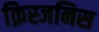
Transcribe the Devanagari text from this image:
क्रिस्जनिस